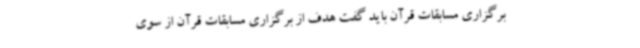
برگزاری مسابقات قرآن باید گفت هدف از برگزاری مسابقات قرآن از سوی